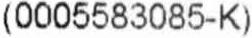
(0005583085-K)